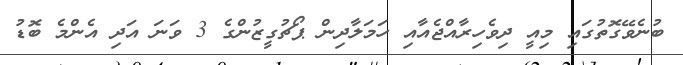
ބުނެވޭގޮތުގައި މިއީ ދިވެހިރާއްޖެއާއި ހަމަލާދިން ޕޯޗުގީޒުންގެ 3 ވަނަ އަދި އެންމެ ބޮޑު